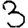
Digit: 3